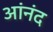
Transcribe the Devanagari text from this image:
आंनंद